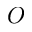
O